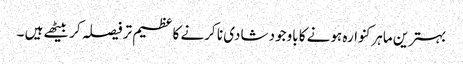
بہترین ماہرکنوارہ ہونے کا باوجود شادی نا کرنے کا عظیم تر فیصلہ کر بیٹھے ہیں ۔